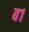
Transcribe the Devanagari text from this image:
ब१